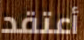
أعتقد